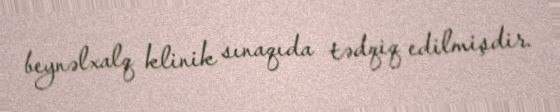
beynəlxalq klinik sınaqıda tədqiq edilmişdir.